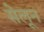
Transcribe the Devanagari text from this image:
सेलून